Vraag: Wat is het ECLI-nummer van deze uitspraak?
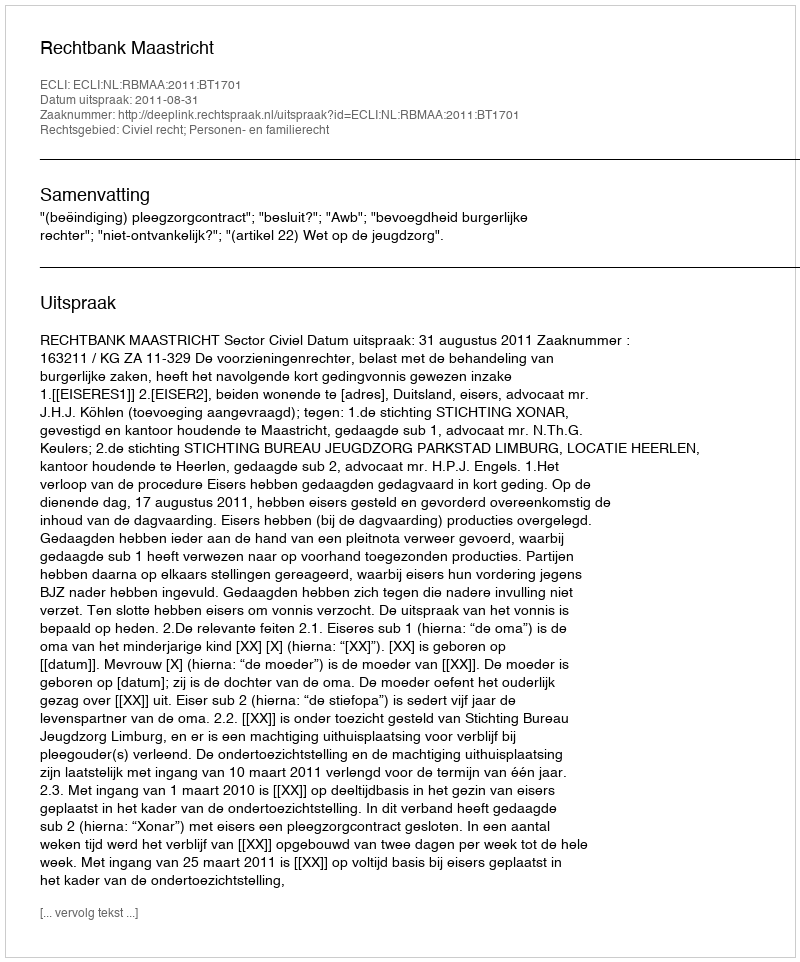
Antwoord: ECLI:NL:RBMAA:2011:BT1701